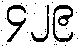
၄၂၉